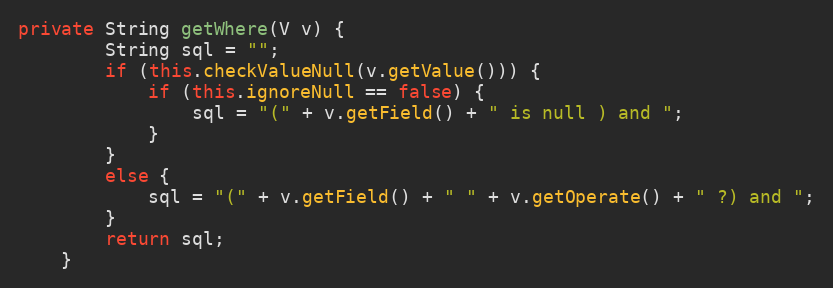
Language: Java
private String getWhere(V v) {
		String sql = "";
		if (this.checkValueNull(v.getValue())) {
			if (this.ignoreNull == false) {
				sql = "(" + v.getField() + " is null ) and ";
			}
		}
		else {
			sql = "(" + v.getField() + " " + v.getOperate() + " ?) and ";
		}
		return sql;
	}